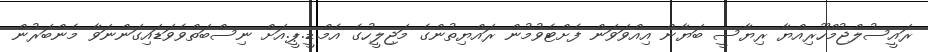
ރައީސުލްޖުމްހޫރިއްޔާ ރިޔާސީ ބަޔާން އިއްވަވަން ފެށްޓެވުމުން ރައްޔިތުންގެ މަޖިލީހުގެ އެމް.ޑީ.ޕީ.އަށް ނިސްބަތްވެވަޑައިގަންނަވާ މެންބަރުން